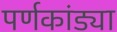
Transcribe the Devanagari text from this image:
पर्णकांड्या